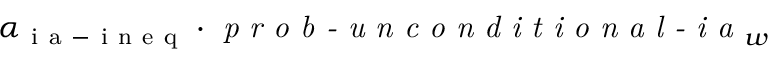
\alpha _ { \mathrm { ~ i ~ a ~ - ~ i ~ n ~ e ~ q ~ } } \cdot \textit { p r o b - u n c o n d i t i o n a l - i a } _ { w }